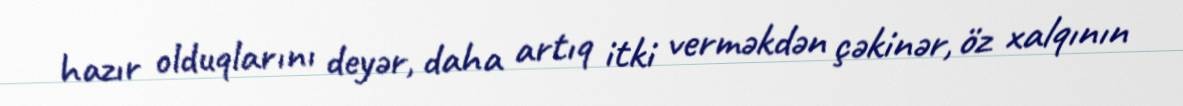
hazır olduqlarını deyər, daha artıq itki verməkdən çəkinər, öz xalqının